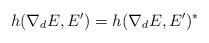
LaTeX: \begin{align*} h(\nabla_dE,E') = h(\nabla_dE,E')^\ast \end{align*}